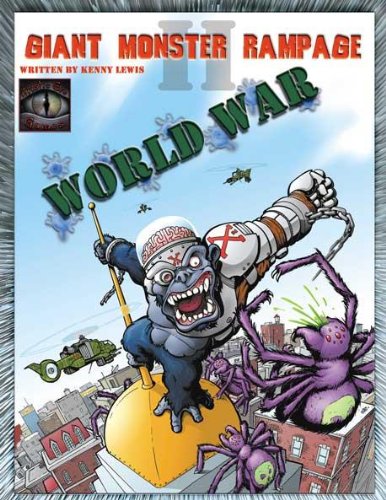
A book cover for Giant Monster Rampage 2: World War; Science Fiction & Fantasy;